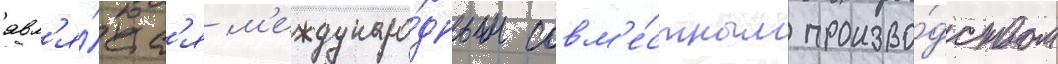
явл'я́етс'я м'еждунаро́дным совм'е́стным произво́дством